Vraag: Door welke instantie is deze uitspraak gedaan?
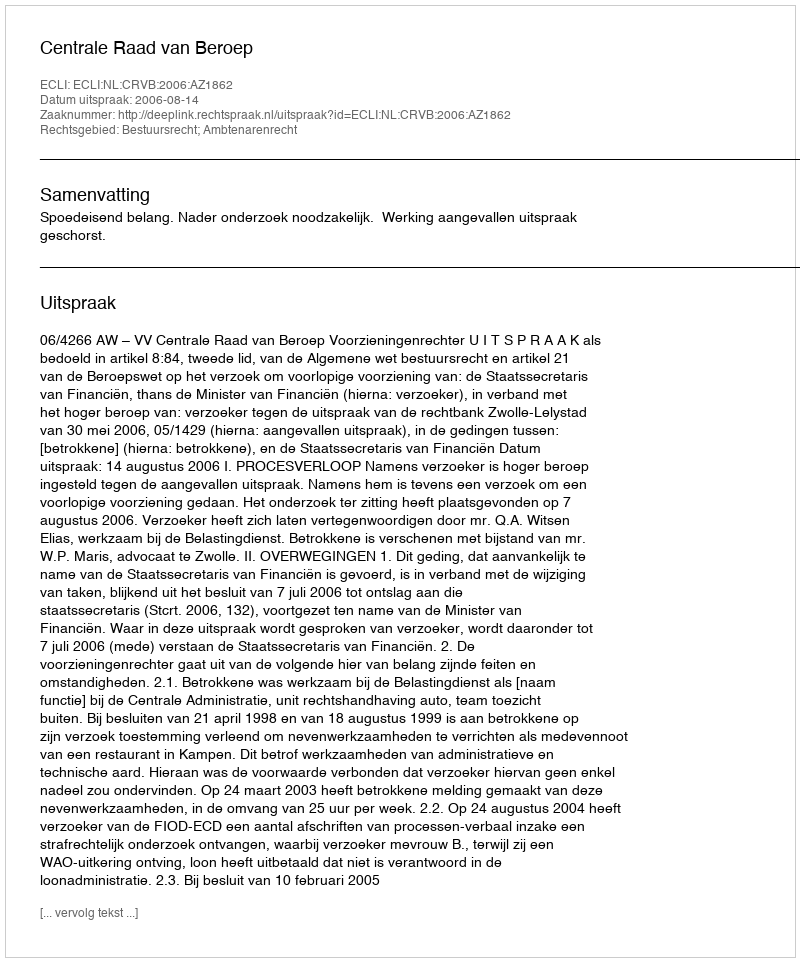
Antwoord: Centrale Raad van Beroep